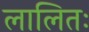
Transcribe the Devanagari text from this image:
लालितः